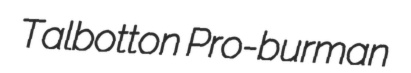
Talbotton Pro-burman